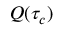
Q ( \tau _ { c } )